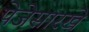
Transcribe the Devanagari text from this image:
पेजेसारखे